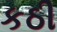
કઠી